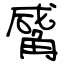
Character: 觱